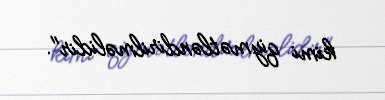
kimi qiymətləndirilməlidir".